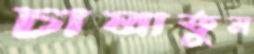
চালাতুম